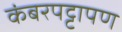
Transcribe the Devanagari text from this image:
कंबरपट्टापण